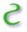
ટ